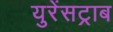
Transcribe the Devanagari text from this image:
युरेंसट्राब